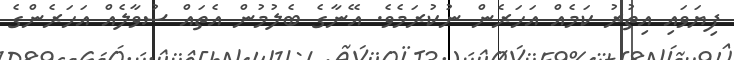
ފިޔަވައި އިތުރު ކަމެއް އަހަރެން ނުކުރަމެވެ. އޭނާގެ ބެލުމުން އެތައް ސުވާލެއް އަހަރެންގެ